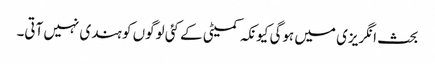
بحث انگریزی میں ہوگی کیونکہ کمیٹی کے کئی لوگوں کو ہندی نہیں آتی۔